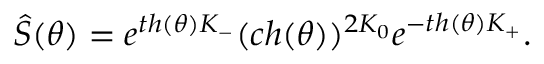
\hat { S } ( \theta ) = e ^ { t h ( \theta ) K _ { - } } ( c h ( \theta ) ) ^ { 2 K _ { 0 } } e ^ { - t h ( \theta ) K _ { + } } .